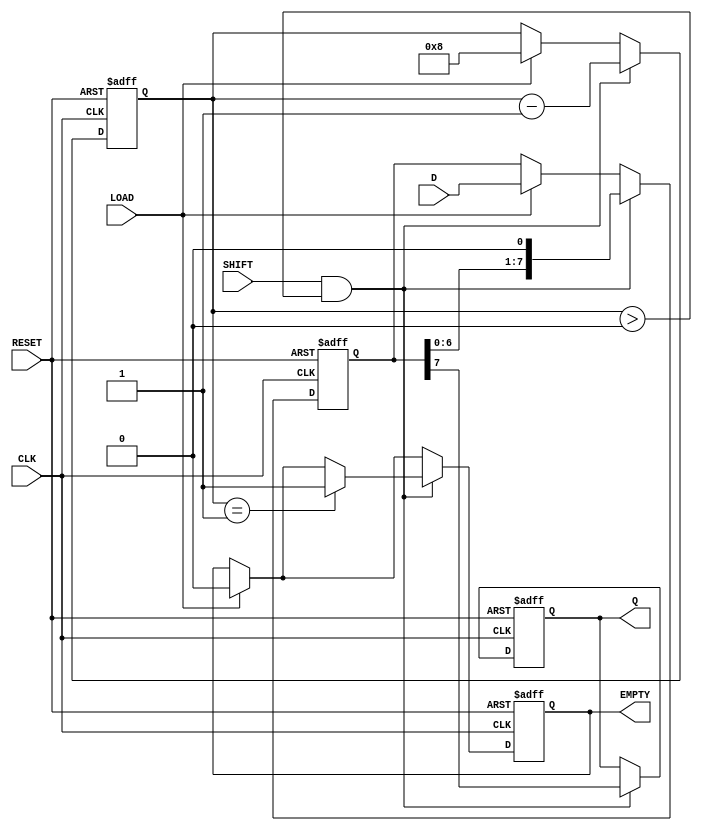
module PISO_Register #(
    parameter WIDTH = 8 // Define the width of the register
)(
    input wire [WIDTH-1:0] D,     // Parallel data input
    input wire LOAD,               // Load control signal
    input wire SHIFT,              // Shift control signal
    input wire CLK,                // Clock signal
    input wire RESET,              // Asynchronous reset signal
    output reg Q,                  // Serial output
    output reg EMPTY               // Empty signal
);

    reg [WIDTH-1:0] shift_reg;     // Shift register to hold the data
    reg [3:0] count;                // Counter to track the number of bits shifted out

    // Asynchronous reset
    always @(posedge CLK or posedge RESET) begin
        if (RESET) begin
            shift_reg <= 0;         // Clear the shift register
            Q <= 0;                 // Clear the serial output
            EMPTY <= 1;             // Initially set EMPTY to 1
            count <= 0;             // Reset the count
        end else begin
            // Load data into the shift register
            if (LOAD) begin
                shift_reg <= D;      // Load parallel data into the shift register
                count <= WIDTH;      // Set count to WIDTH (all bits loaded)
                EMPTY <= 0;          // Set EMPTY to 0 as data is loaded
            end
            
            // Shift operation
            if (SHIFT && count > 0) begin
                Q <= shift_reg[WIDTH-1]; // Output the MSB
                shift_reg <= {shift_reg[WIDTH-2:0], 1'b0}; // Shift left
                count <= count - 1;   // Decrement the count
                if (count == 1) begin
                    EMPTY <= 1;        // Set EMPTY when all bits have been shifted out
                end
            end
        end
    end

endmodule